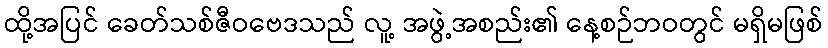
ထို့အပြင် ခေတ်သစ်ဇီဝဗေဒသည် လူ့ အဖွဲ့အစည်း၏ နေ့စဉ်ဘဝတွင် မရှိမဖြစ်